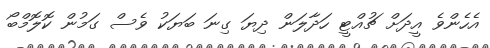
އެހެންވެ އީދަށް ޗުއްޓީ ހަދާލަން ދިޔަ ގިނަ ބަޔަކު ވެސް ގަމުން ކޮލޮމްބޯ